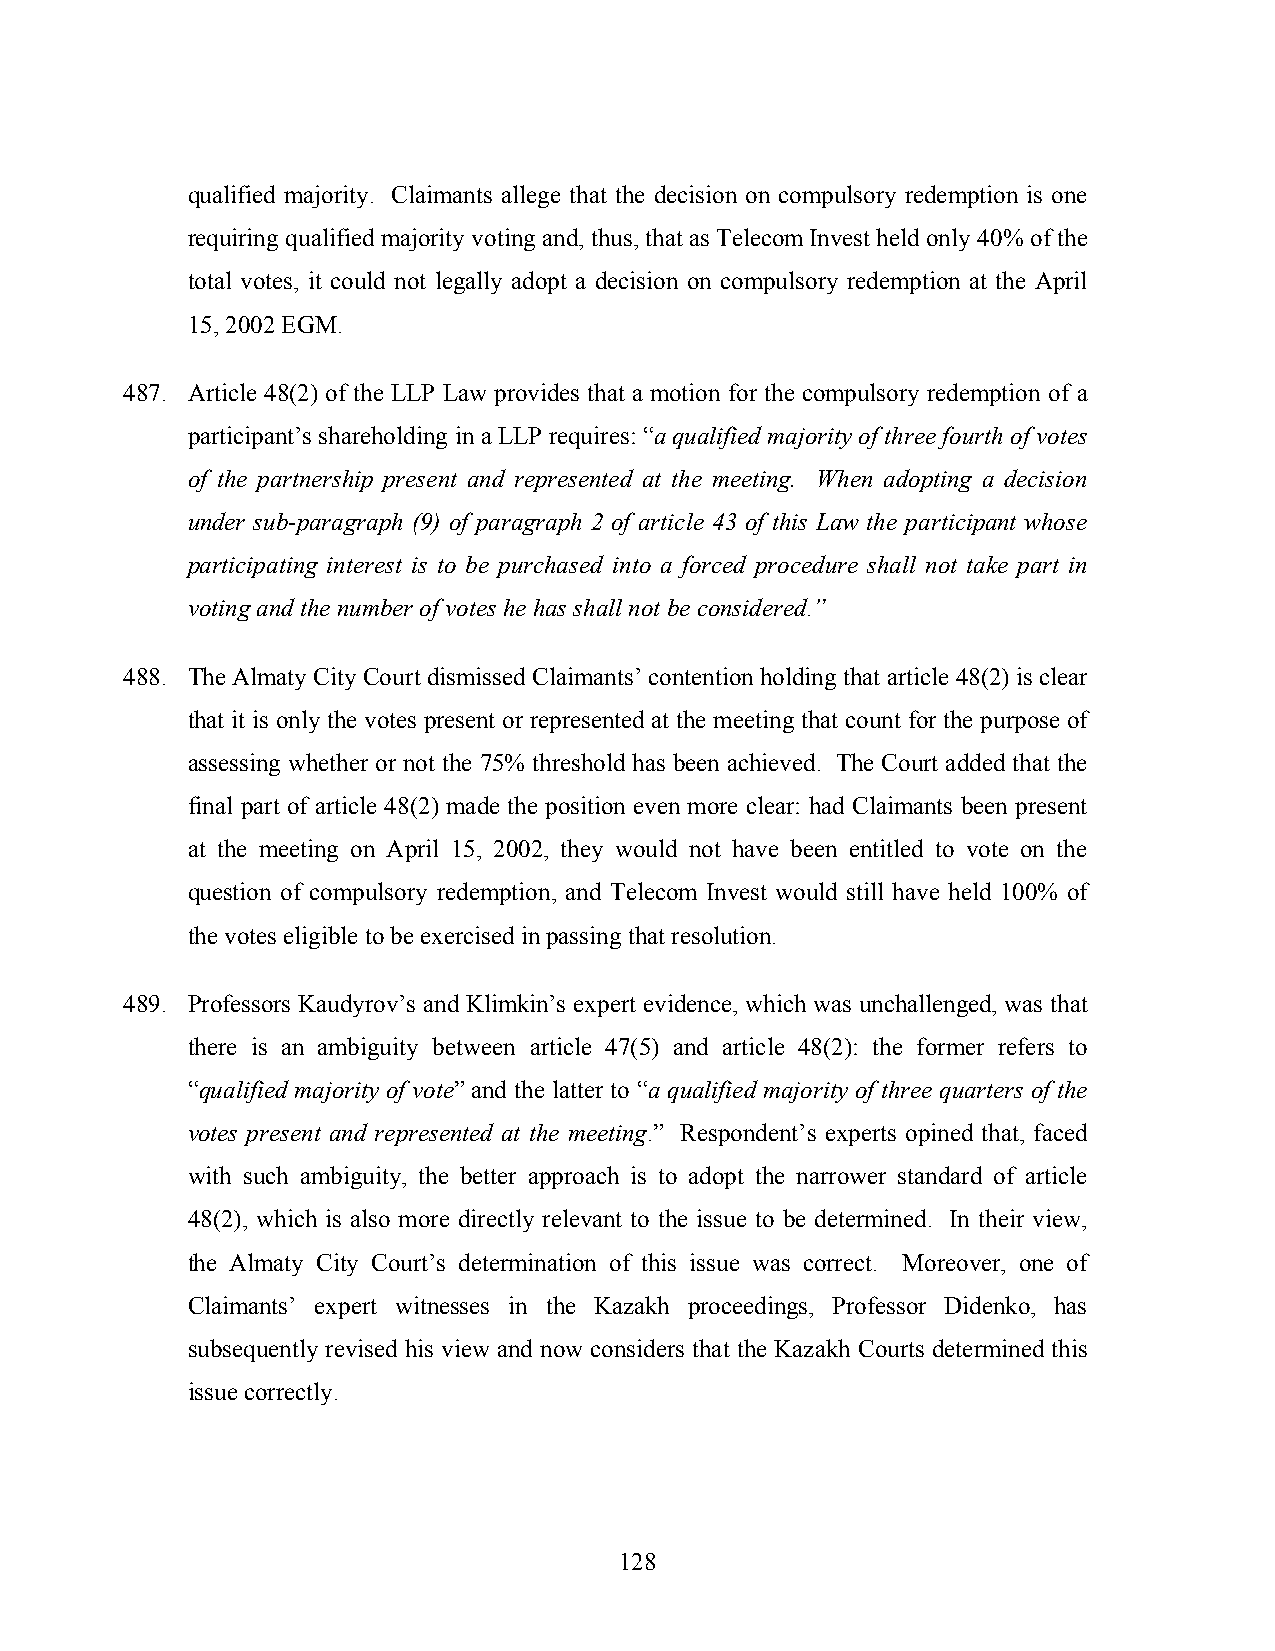
qualified majority. Claimants allege that the decision on compulsory redemption is one
 requiring qualified majority voting and, thus, that as Telecom Invest held only 40% of the
 total votes, it could not legally adopt a decision on compulsory redemption at the April
 15, 2002 EGM.
 487. Article 48(2) of the LLP Law provides that a motion for the compulsory redemption of a
 participant’s shareholding in a LLP requires: “a qualified majority of three fourth of votes
 of the partnership present and represented at the meeting. When adopting a decision
 under sub-paragraph (9) of paragraph 2 of article 43 of this Law the participant whose
 participating interest is to be purchased into a forced procedure shall not take part in
 voting and the number of votes he has shall not be considered.”
 488. The Almaty City Court dismissed Claimants’ contention holding that article 48(2) is clear
 that it is only the votes present or represented at the meeting that count for the purpose of
 assessing whether or not the 75% threshold has been achieved. The Court added that the
 final part of article 48(2) made the position even more clear: had Claimants been present
 at the meeting on April 15, 2002, they would not have been entitled to vote on the
 question of compulsory redemption, and Telecom Invest would still have held 100% of
 the votes eligible to be exercised in passing that resolution.
 489. Professors Kaudyrov’s and Klimkin’s expert evidence, which was unchallenged, was that
 there is an ambiguity between article 47(5) and article 48(2): the former refers to
 “qualified majority of vote” and the latter to “a qualified majority of three quarters of the
 votes present and represented at the meeting.” Respondent’s experts opined that, faced
 with such ambiguity, the better approach is to adopt the narrower standard of article
 48(2), which is also more directly relevant to the issue to be determined. In their view,
 the Almaty City Court’s determination of this issue was correct. Moreover, one of
 Claimants’ expert witnesses in the Kazakh proceedings, Professor Didenko, has
 subsequently revised his view and now considers that the Kazakh Courts determined this
 issue correctly.
 128